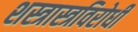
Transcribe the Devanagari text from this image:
शस्त्रास्त्रविरोधी